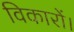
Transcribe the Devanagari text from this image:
विकारों।